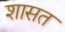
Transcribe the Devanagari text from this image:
शासत